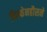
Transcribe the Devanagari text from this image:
हिल्फेनहौसने